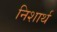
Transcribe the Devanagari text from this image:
निशार्थ